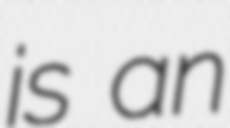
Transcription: is an